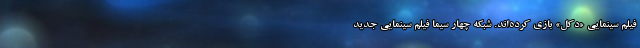
فیلم سینمایی «دکل» بازی کرده‌اند. شبکه چهار سیما فیلم سینمایی جدید